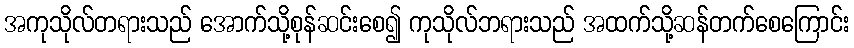
အကုသိုလ်တရားသည် အောက်သို့စုန်ဆင်းစေ၍ ကုသိုလ်ဘရားသည် အထက်သို့ဆန်တက်စေကြောင်း